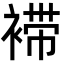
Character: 䙊